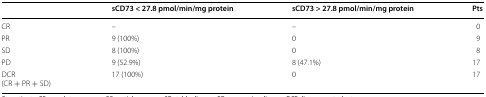
|  | sCD73 < 27.8 pmol/min/mg protein | sCD73 > 27.8 pmol/min/mg protein | Pts |
 | --- | --- | --- | --- |
 | CR | – | – | 0 |
 | PR | 9 (100%) | 0 | 9 |
 | SD | 8 (100%) | 0 | 8 |
 | PD | 9 (52.9%) | 8 (47.1%) | 17 |
 | DCR(CR + PR + SD) | 17 (100%) | 0 | 17 |